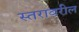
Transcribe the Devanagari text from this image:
स्‍तरावरील